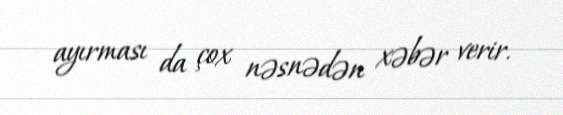
ayırması da çox nəsnədən xəbər verir.